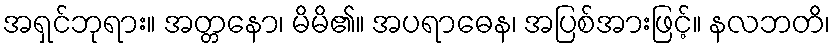
အရှင်ဘုရား။ အတ္တနော၊ မိမိ၏။ အပရာဓေန၊ အပြစ်အားဖြင့်။ နလဘတိ၊